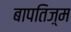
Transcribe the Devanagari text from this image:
बापतिज़्म